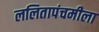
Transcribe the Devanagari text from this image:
ललितापंचमीला